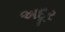
અદૂર